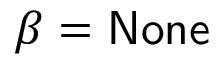
\beta = \mathsf { N o n e }